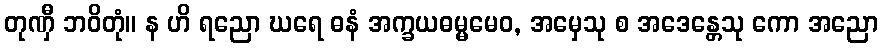
တုဏှီ ဘဝိတုံ။ န ဟိ ရညော ဃရေ ဓနံ အက္ခယဓမ္မမေဝ, အမှေသု စ အဒေန္တေသု ကော အညော